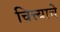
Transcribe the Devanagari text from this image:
चित्त्याचे